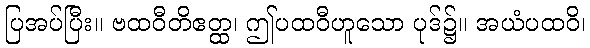
ပြအပ်ပြီး။ ဗထဝီတိဧတ္ထ၊ ဤပထဝီဟူသော ပုဒ်၌။ အယံပထဝိ၊